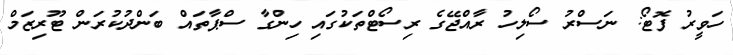
ހަވީރު ފޮޓޯ: ނަސްރު ސޯލިހު ރާއްޖޭގެ ރިސޯޓްތަކުގައި ހިންގާ ސްޕާތައް ބަންދުކުރަން ޓޫރިޒަމް